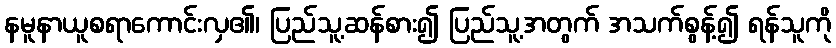
နမူနာယူစရာကောင်းလှ၏၊ ပြည်သူ့ဆန်စား၍ ပြည်သူ့အတွက် အသက်စွန့်၍ ရန်သူကို